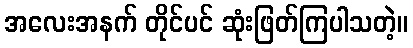
အလေးအနက် တိုင်ပင် ဆုံးဖြတ်ကြပါသတဲ့။